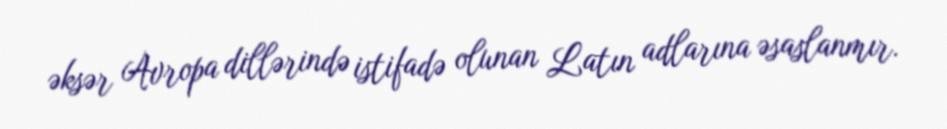
əksər Avropa dillərində istifadə olunan Latın adlarına əsaslanmır.